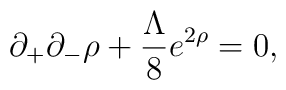
\partial_{+}\partial_{-}\rho     +\frac{\Lambda}{8}e^{2\rho}=0,